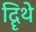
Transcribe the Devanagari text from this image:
दिॄथे